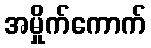
အမှိုက်ကောက်